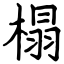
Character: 榻